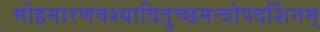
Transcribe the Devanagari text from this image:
मोहमारणवश्यादितुच्छमन्त्रोपदर्शिनम्